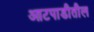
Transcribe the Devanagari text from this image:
आटपाडीतील